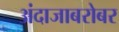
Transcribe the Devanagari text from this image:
अंदाजाबरोबर